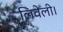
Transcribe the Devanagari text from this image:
लिवेली।